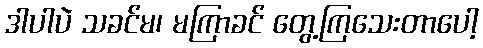
ဒါပါပဲ သခင်မ၊ မကြာခင် တွေ့ကြသေးတာပေါ့